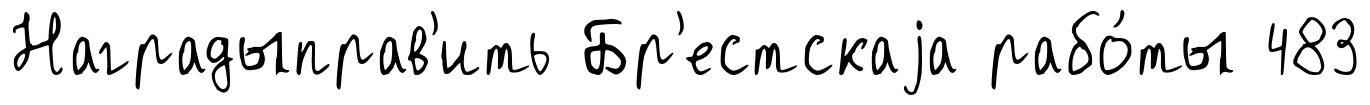
Наградыправ'ить Бр'естскаjа рабо́ты 483